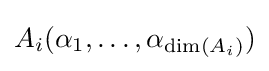
A_{i}(\alpha _{1},\ldots ,\alpha _{\dim(A_{i})})